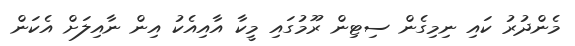
މެންދުރު ކައި ނިމިގެން ސިޓިން ރޫމުގައި މީކާ އާއިއެކު އިން ނާއިލަށް އެކަން